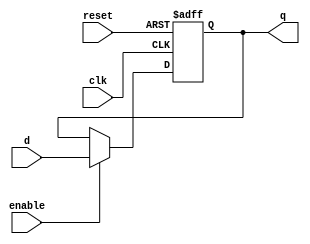
module ParameterizedRegister #(
    parameter WIDTH = 8       // Parameterized width of the register
)(
    input wire clk,           // Clock signal
    input wire reset,         // Asynchronous reset signal
    input wire enable,        // Enable signal
    input wire [WIDTH-1:0] d, // Data input
    output reg [WIDTH-1:0] q  // Data output
);

// Always block for synchronous operation with reset
always @(posedge clk or posedge reset) begin
    if (reset) begin
        q <= {WIDTH{1'b0}}; // Reset register to zero
    end else if (enable) begin
        q <= d;             // Capture input data on clock edge
    end
end

endmodule